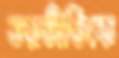
ভয়ভীতিকে